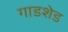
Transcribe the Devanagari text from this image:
गाडशेड